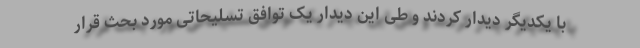
با یکدیگر دیدار کردند و طی این دیدار یک توافق تسلیحاتی مورد بحث قرار